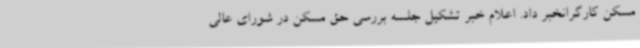
مسکن کارگرانخبر داد. اعلام خبر تشکیل جلسه بررسی حق مسکن در شورای عالی